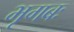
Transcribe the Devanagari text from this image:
भृगबः